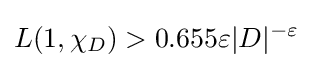
L(1,\chi _{D})>0.655\varepsilon |D|^{-\varepsilon }